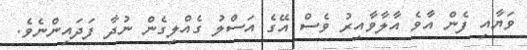
ވަޔާއި ފެން އާވެ އާލާވާއިރު ވެސް އޭގެ އަސްލު ގެއްލިގެން ނުދާ ފަދައިންނެވެ.